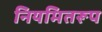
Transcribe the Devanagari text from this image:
नियमितरूप